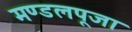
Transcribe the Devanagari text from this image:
मण्डलपूजा